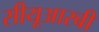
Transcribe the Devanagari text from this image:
सीयूआरबी